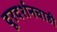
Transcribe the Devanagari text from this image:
दूरदर्शनचाही